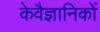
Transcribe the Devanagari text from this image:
केवैज्ञानिकों